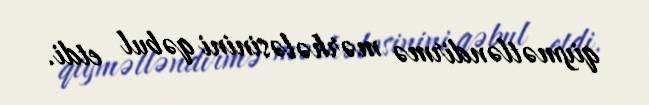
qiymətləndirmə mərhələsinini qəbul etdi.